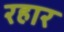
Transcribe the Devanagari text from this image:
रहार